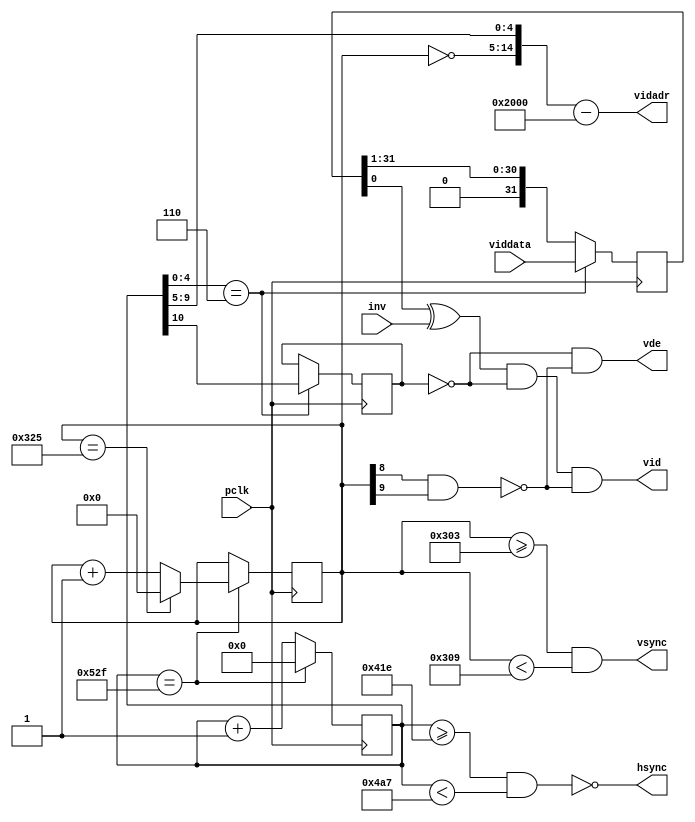
module VID(
    input pclk, inv,
    input [31:0] viddata,
    output [15:0] vidadr,
    output hsync, vsync,  // to display
    output vde,
    output vid);

//localparam Org = 18'b1101_1111_1111_0000_00;  // DFF00: adr of vcnt=1023
reg [10:0] hcnt;
reg [9:0] vcnt;
reg [31:0] pixbuf;
reg hblank;
wire hend, vend, vblank, xfer;

assign hend = (hcnt == 1327), vend = (vcnt == 805);
assign vblank = (vcnt[8] & vcnt[9]);  // (vcnt >= 768)
assign hsync = ~((hcnt >= 1048+6) & (hcnt < 1185+6));  // -ve polarity
assign vsync = (vcnt >= 771) & (vcnt < 777);  // +ve polarity
assign xfer = (hcnt[4:0] == 6);  // data delay > hcnt cycle + req cycle
assign vid = (pixbuf[0] ^ inv) & ~hblank & ~vblank;
assign vidadr = {1'b0, ~vcnt, hcnt[9:5]} - 16'h2000;
assign vde = ~hblank & ~vblank;

always @(posedge pclk) begin  // pixel clock domain
  hcnt <= hend ? 0 : hcnt+1;
  vcnt <= hend ? (vend ? 0 : (vcnt+1)) : vcnt;
  hblank <= xfer ? hcnt[10] : hblank;  // hcnt >= 1024
  pixbuf <= xfer ? viddata : {1'b0, pixbuf[31:1]};
end

endmodule